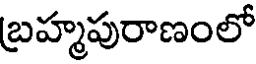
బ్రహ్మపురాణంలో